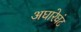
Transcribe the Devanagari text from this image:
अघारेघंट